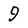
Character: 9